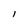
Character: l